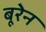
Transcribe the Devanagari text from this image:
बूरेन